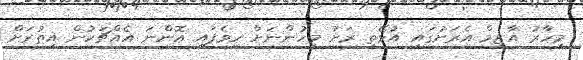
މިހާރު އާޒިމް އެރަށުގައި އުޅޭތީ ރަށު މީހުންނަށް ހީވެފައި އޮންނަ އެއްޗަކުން އިތުރަށް